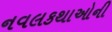
નવલકથાઓની